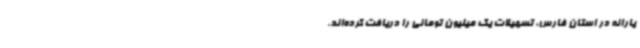
یارانه در استان فارس، تسهیلات یک میلیون تومانی را دریافت کرده‌اند.